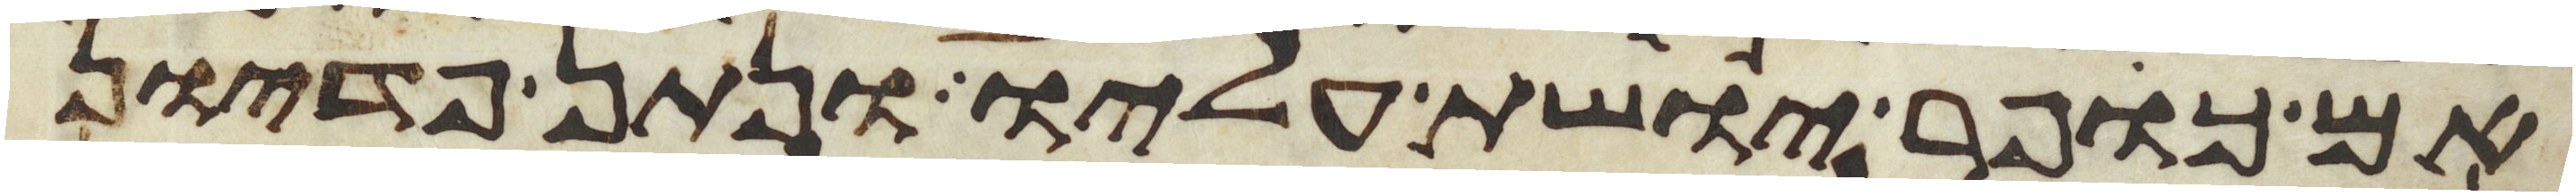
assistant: אם כופר יושת עליו ונתן פדיון